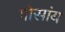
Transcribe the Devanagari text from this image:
गोसांय